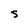
Character: S